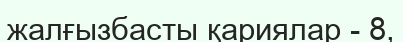
жалғызбасты қариялар - 8,